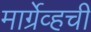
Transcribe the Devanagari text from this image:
मार्ग्रेव्हची